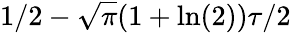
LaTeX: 1/2-\sqrt{\pi}(1+\ln(2))\tau/2